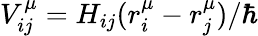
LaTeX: V_{ij}^{\mu}=H_{ij}(r_{i}^{\mu}-r_{j}^{\mu})/\hbar